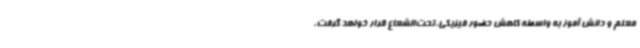
معلم و دانش آموز به واسطه کاهش حضور فیزیکی،تحت‌الشعاع قرار خواهد گرفت،